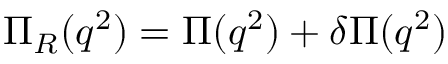
\Pi _ { R } ( q ^ { 2 } ) = \Pi ( q ^ { 2 } ) + \delta \Pi ( q ^ { 2 } )